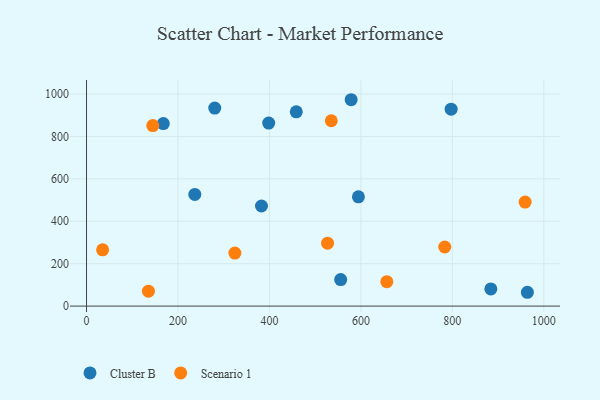
{"axis": {"x": "Engine Size", "y": "Demand"}, "legend": ["Cluster B", "Scenario 1"], "data": [{"x": "555.8", "y": 124.9, "type": "Cluster B"}, {"x": "167.9", "y": 860.9, "type": "Cluster B"}, {"x": "398.4", "y": 863.4, "type": "Cluster B"}, {"x": "382.6", "y": 472.2, "type": "Cluster B"}, {"x": "964.1", "y": 65.2, "type": "Cluster B"}, {"x": "884.2", "y": 81.0, "type": "Cluster B"}, {"x": "797.4", "y": 928.9, "type": "Cluster B"}, {"x": "280.4", "y": 933.8, "type": "Cluster B"}, {"x": "594.6", "y": 515.4, "type": "Cluster B"}, {"x": "578.7", "y": 973.4, "type": "Cluster B"}, {"x": "458.7", "y": 916.1, "type": "Cluster B"}, {"x": "236.8", "y": 526.8, "type": "Cluster B"}, {"x": "324.4", "y": 250.2, "type": "Scenario 1"}, {"x": "656.7", "y": 115.4, "type": "Scenario 1"}, {"x": "535.3", "y": 874.3, "type": "Scenario 1"}, {"x": "527.1", "y": 296.7, "type": "Scenario 1"}, {"x": "144.9", "y": 851.6, "type": "Scenario 1"}, {"x": "959.2", "y": 490.5, "type": "Scenario 1"}, {"x": "35.2", "y": 265.2, "type": "Scenario 1"}, {"x": "135.4", "y": 70.3, "type": "Scenario 1"}, {"x": "783.4", "y": 278.8, "type": "Scenario 1"}]}